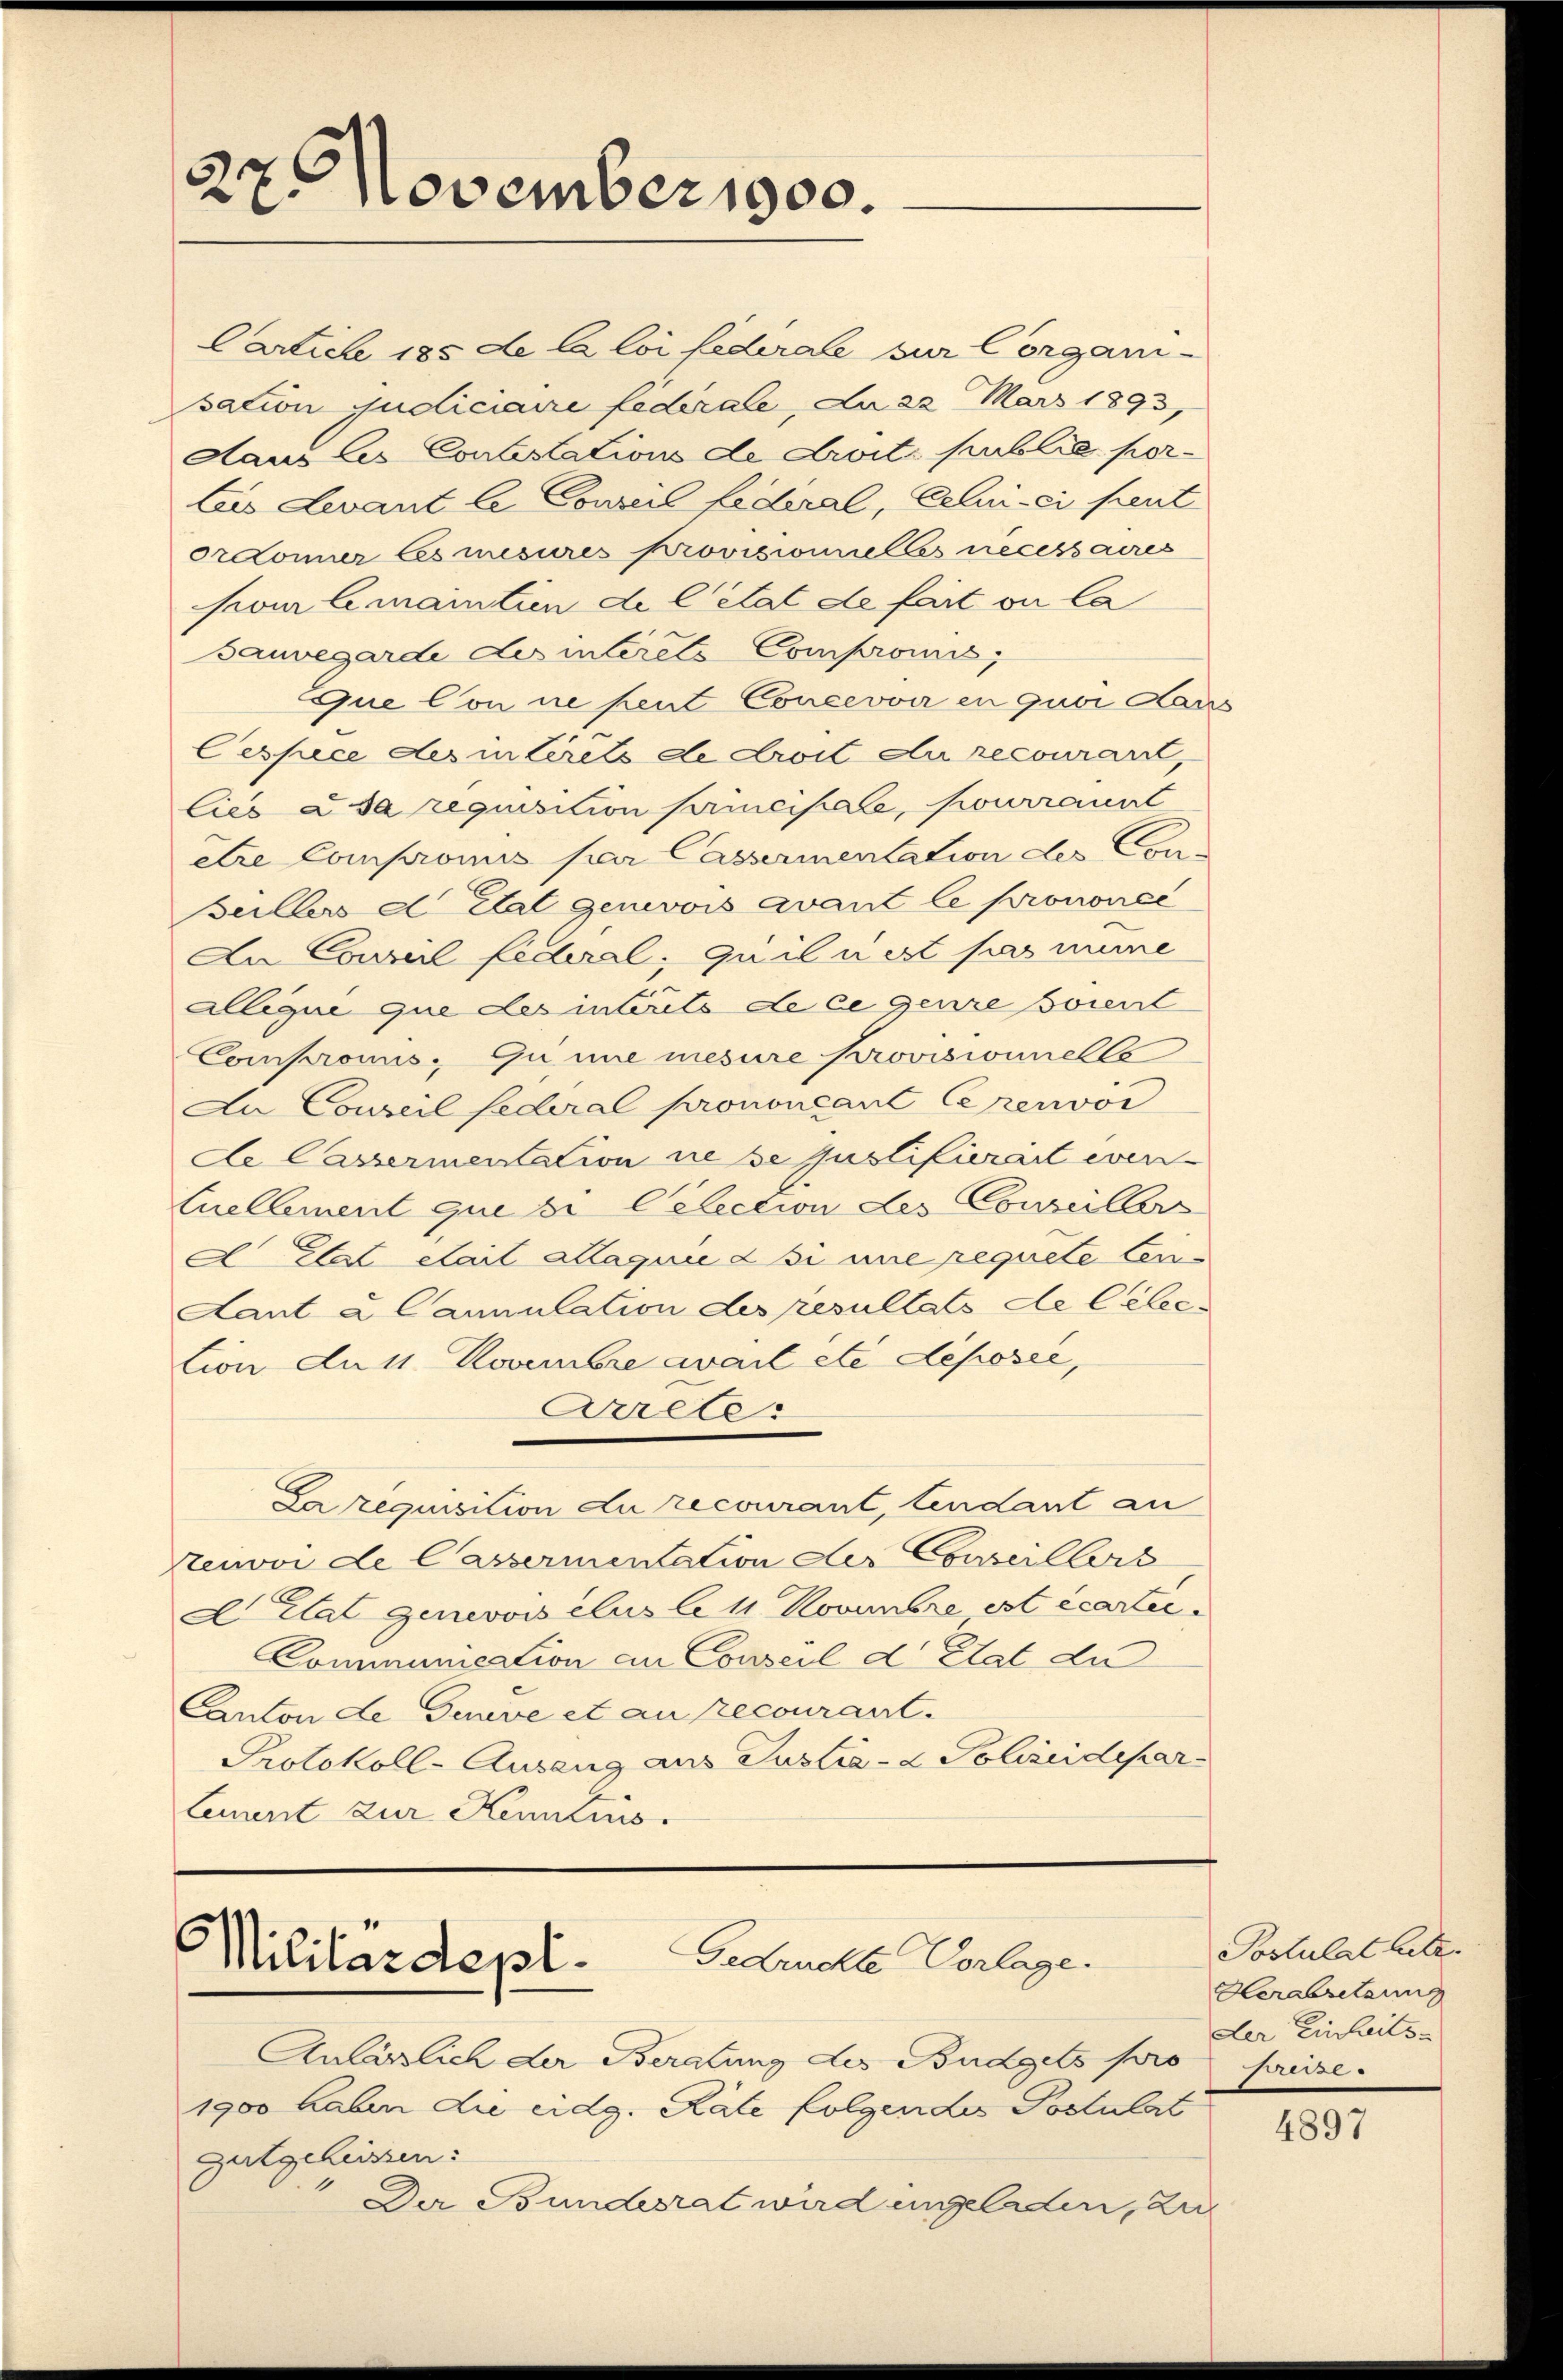
27. November 1900.

Cartich 185 de la loi fédérale zur Corgani-
sation judiciaire fédérale, da 23 März 1893,
dans les Contestations de droit public por-
Eis Levant le Conseil federal, Celui-ci peut
Ordoner les mesures provisionielles necessaires
pour lemantien de l’état de fait ou la
sauvegarde des interets Compromis,
Que Con ne peut Concevoir en quoi Kan
Cespice des interets de droit du recourart,
liés à sa requisition principale, pourrannt
être Compromis par Cassermentation des Con-
Beilber d Etat genevois avant le prononce
Da Conseil Lederal, quil nest pas mine
allique que des interets de le genze soient
Compromis. Gume mesure Provisionnelle
Au Conseil federal prononçant Cerenvoi
de Cassermentation rese justifierart even-
Enellement que bi Celection des Conseillers
A Etat etail allaquie d si une requete Cen¬
Laut & Cannulation des resultats de lebe
tion das Novembre avait etc deposée,
Arrete.
La requisition du recourant, lendant an
tenvoi de Cassermentation der Conseillers
D Etat genevoisclus le 11 Novembre est écartei
Communication an Conseil d Etat du
Canton de Gouve et an recourant.
Protokoll-Ausung aus Justiz- & Polizeidepar-
lement zur Kenntnis.

Gedruckte Vorlage.
Militärdepl

Anlässlich der Beratung des Budgets pro prise.
1900 haben die eidg. Räte folgendes Postulat
Gutgeheissen:
Der Bundesrat wird engeladen, zu

Postulat letz
Herabsetzung
der Einheits-

4897